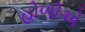
હોળીએ